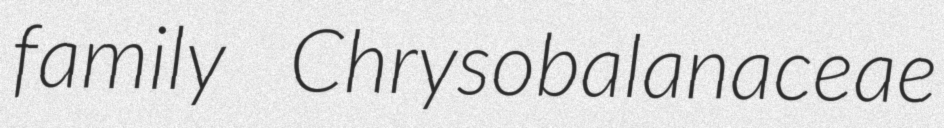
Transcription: family Chrysobalanaceae